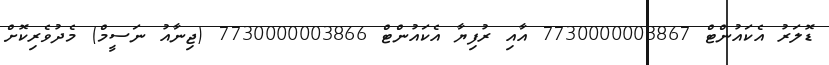
ޑޮލަރު އެކައުންޓް 7730000003867 އާއި ރުފިޔާ އެކައުންޓް 7730000003866 (ޖިނާާާާއު ނަސީމް) މެދުވެރިކޮށް